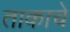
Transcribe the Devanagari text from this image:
ताकाचे